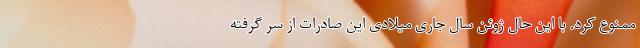
ممنوع کرد. با این حال ژوئن سال جاری میلادی این صادرات از سر گرفته